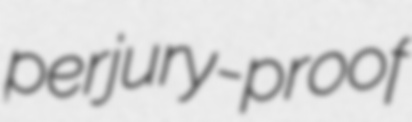
perjury-proof